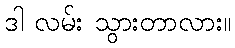
ဒါ လမ်း သွားတာလား။